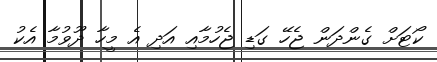
ކޯޓަށް ގެންދަން ޖެހޭ ގަޑި ޖެހުމާއި އަދި އެ މީހާ ދޫވުމާ އެކު